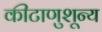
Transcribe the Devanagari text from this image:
कीटाणुशून्य